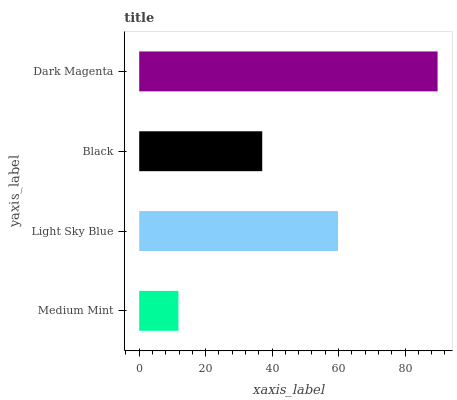
| yaxis_label | bars |
 | --- | --- |
 | Medium Mint | 11.8 |
 | Light Sky Blue | 59.8 |
 | Black | 37 |
 | Dark Magenta | 89.8 |